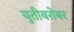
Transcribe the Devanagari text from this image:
युतीबरोबर